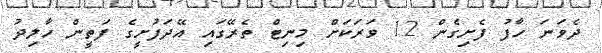
ދެވަނަ ހާފު ފެށިގެން 12 ވަރަކަށް މިނިޓް ތެރޭގައި އޭދަފުށީގެ ފަތީން ހާލިދު